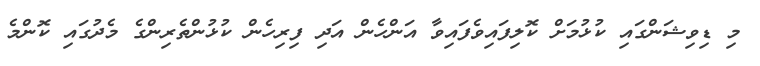
މި ޑިވިޝަންގައި ކުޅުމަށް ކޮލިފައިވެފައިވާ އަންހެން އަދި ފިރިހެން ކުޅުންތެރިންގެ މެދުގައި ކޮންމެ